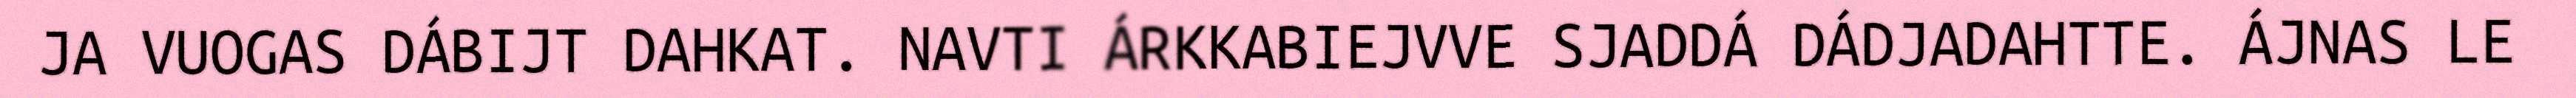
JA VUOGAS DÁBIJT DAHKAT. NAVTI ÁRKKABIEJVVE SJADDÁ DÁDJADAHTTE. ÁJNAS LE